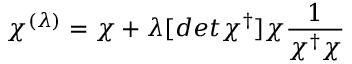
\chi ^ { ( \lambda ) } = \chi + \lambda [ d e t \chi ^ { \dagger } ] \chi { \frac { 1 } { \chi ^ { \dagger } \chi } }